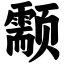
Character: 颥